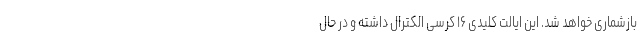
بازشماری خواهد شد. این ایالت کلیدی ۱۶ کرسی الکترال داشته و در حال